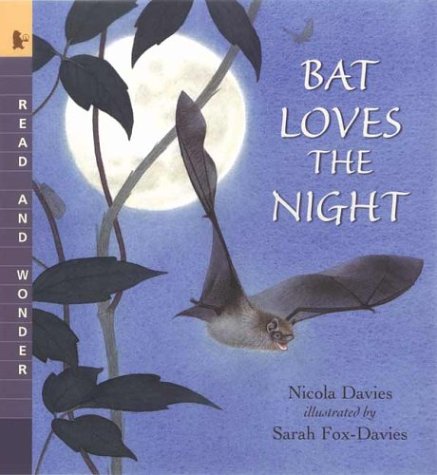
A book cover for Bat Loves the Night: Read and Wonder; Nicola Davies; Children's Books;